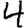
Digit: 4